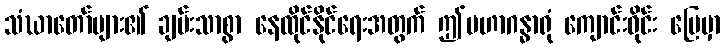
သံဃာတော်များ၏ ချမ်းသာစွာ နေထိုင်နိုင်ရေးအတွက် ဤမဟာဂန္ဓာရုံ ကျောင်းဝိုင်း မြေမှာ